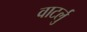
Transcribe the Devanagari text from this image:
वाटर्लु